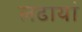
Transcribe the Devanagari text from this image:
लढायां